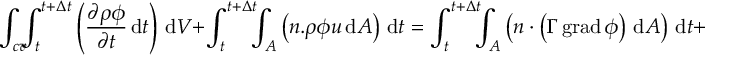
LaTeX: \int _ { c v } \! \! \! \int _ { t } ^ { t + \Delta t } \left( { \frac { \partial \rho \phi } { \partial t } } \, \mathrm { d } t \right) \, \mathrm { d } V + \int _ { t } ^ { t + \Delta t } \! \! \! \int _ { A } \left( n . { \rho \phi u } \, \mathrm { d } A \right) \, \mathrm { d } t = \int _ { t } ^ { t + \Delta t } \! \! \! \int _ { A } \left( n \cdot \left( \Gamma \operatorname { g r a d } \phi \right) \, \mathrm { d } A \right) \, \mathrm { d } t + \int _ { t } ^ { t + \Delta t } \! \! \! \int _ { c v } S _ { \phi } \, \mathrm { d } V \, \mathrm { d } t